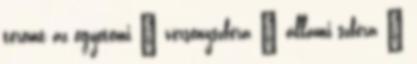
teremt az egyetemi – versenyszféra – állami szféra –